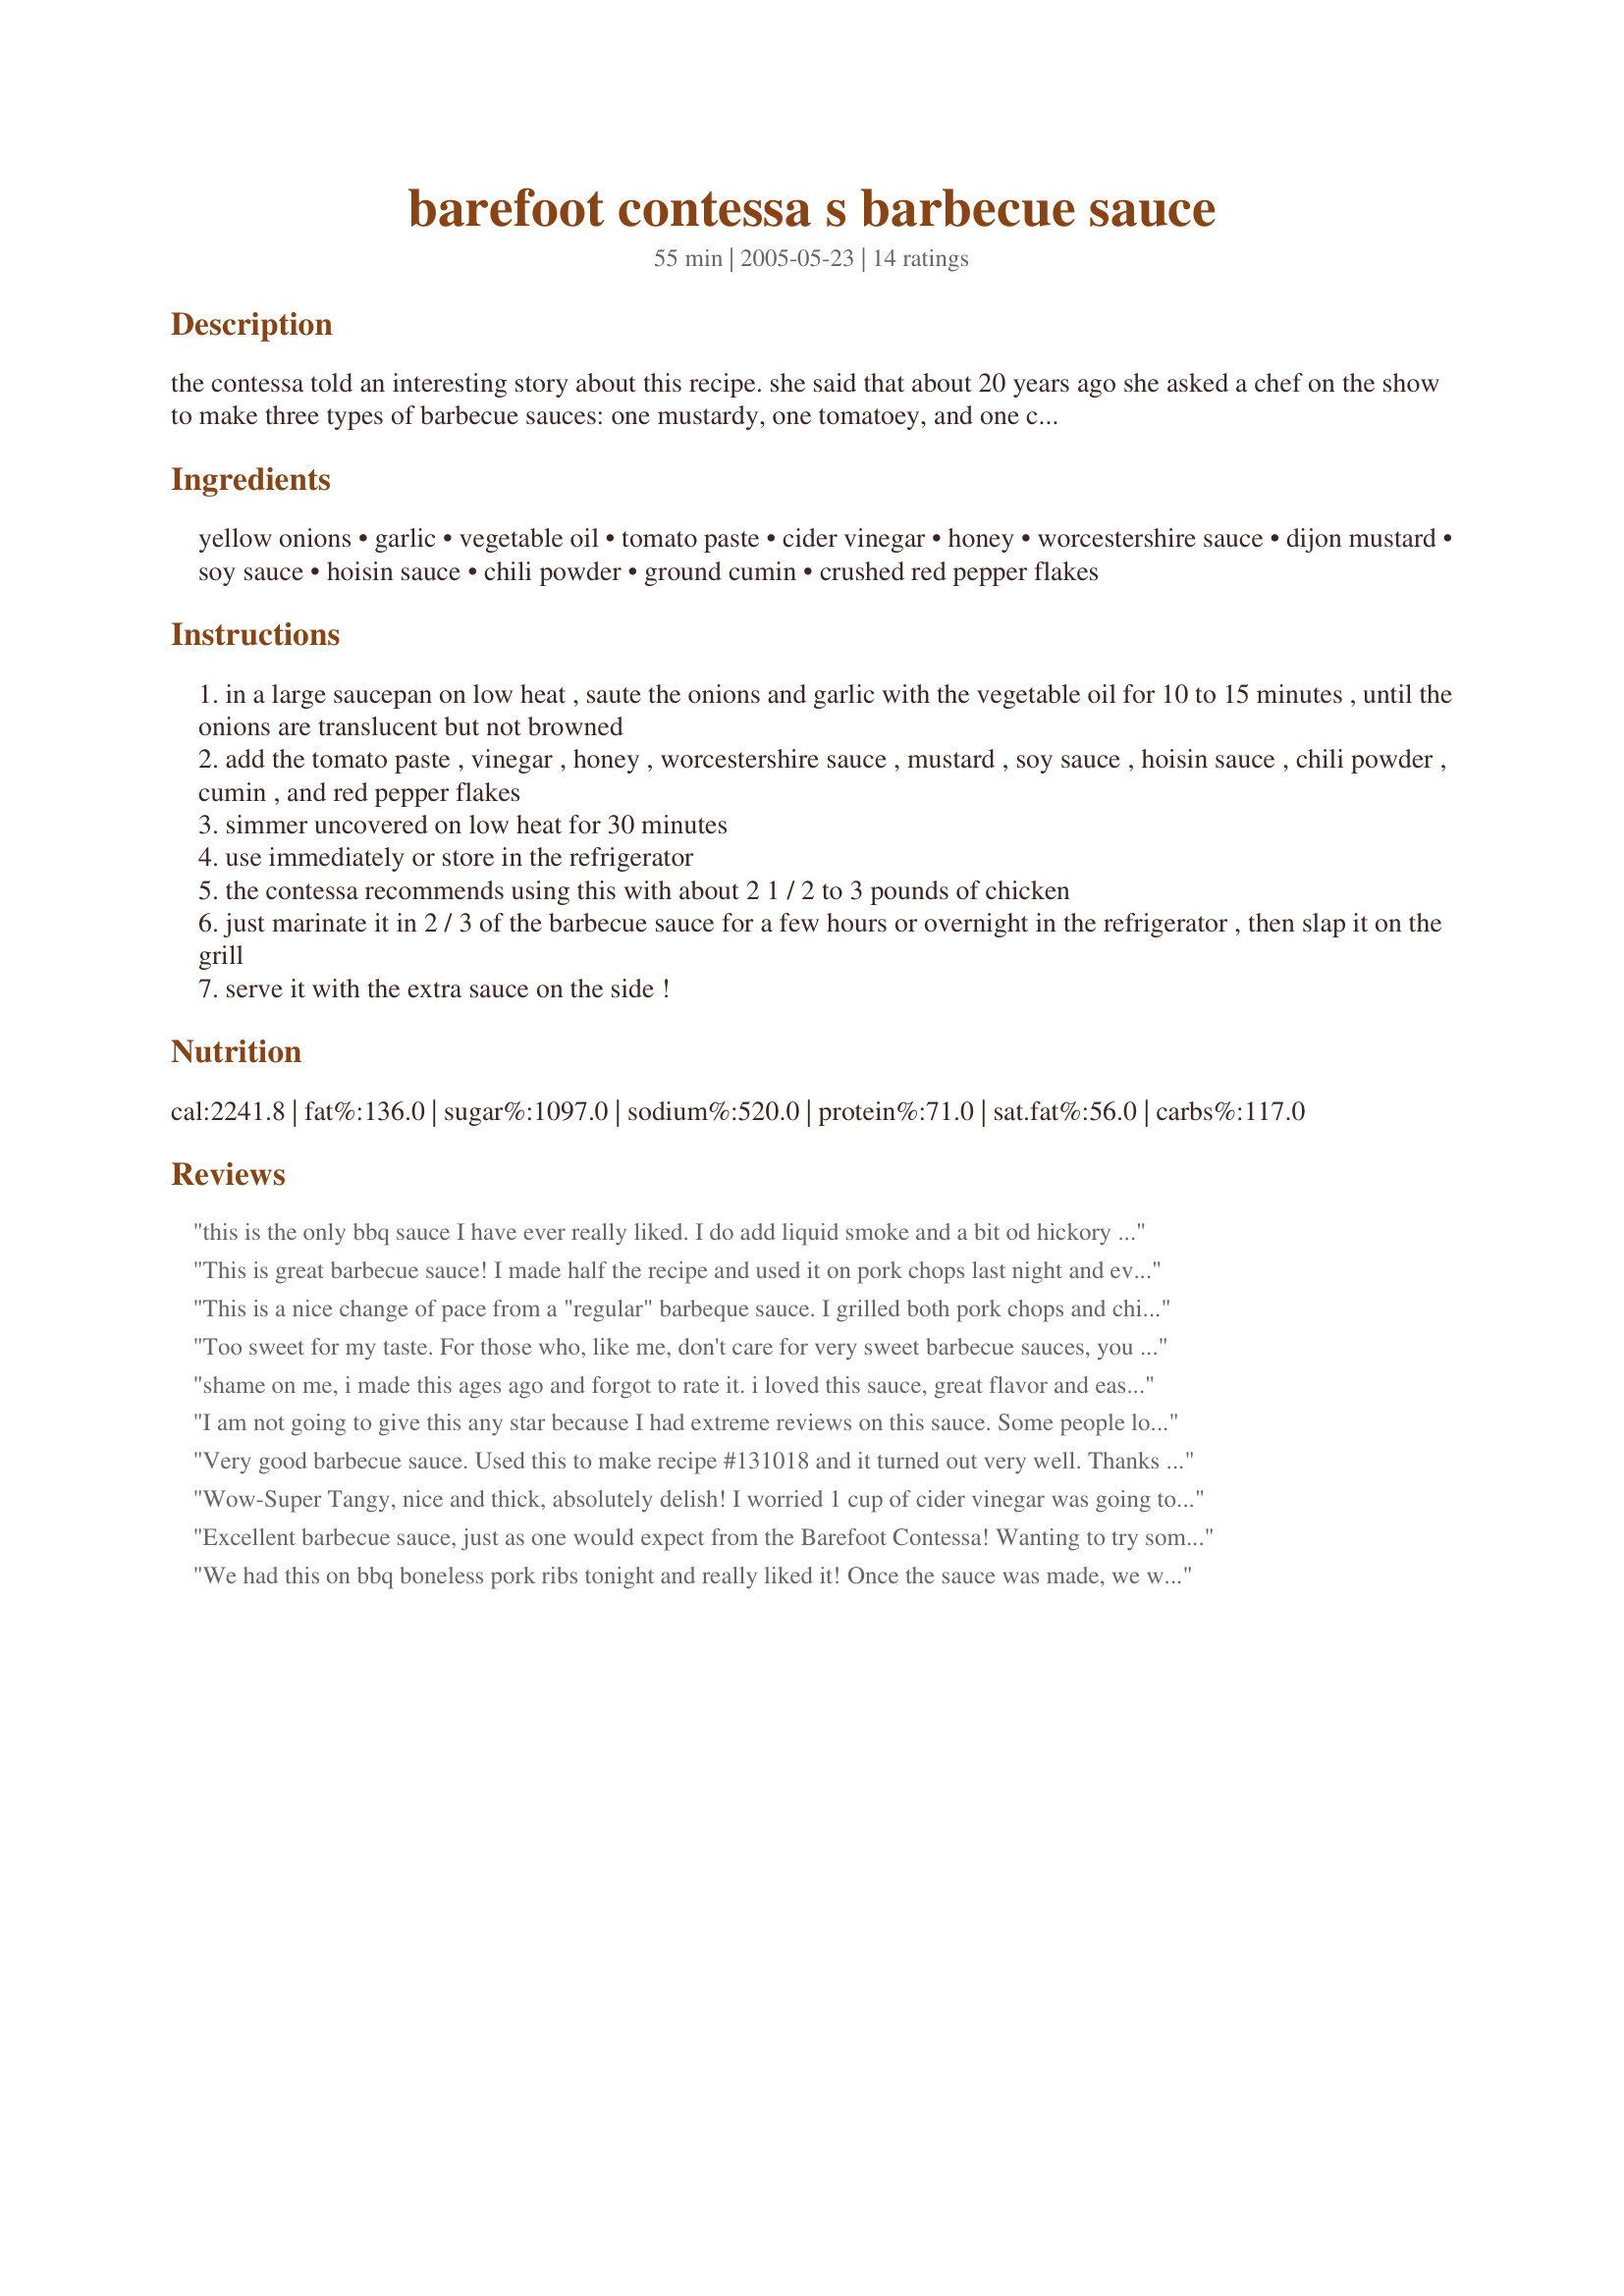
barefoot contessa s barbecue sauce
Preparation time: 55 minutes

the contessa told an interesting story about this recipe. she said that about 20 years ago she asked a chef on the show to make three types of barbecue sauces: one mustardy, one tomatoey, and one chinesey. when she tasted them, the first one was too mustardy, the second was too tomatoey, and the third was too chinesey! she decided to try combining the three, and she said it turned out being the best sauce she'd ever tried. this is the result, and it's her favorite to this day.

Ingredients:
yellow onions, garlic, vegetable oil, tomato paste, cider vinegar, honey, worcestershire sauce, dijon mustard, soy sauce, hoisin sauce, chili powder, ground cumin, crushed red pepper flakes

Steps:
in a large saucepan on low heat , saute the onions and garlic with the vegetable oil for 10 to 15 minutes , until the onions are translucent but not browned
add the tomato paste , vinegar , honey , worcestershire sauce , mustard , soy sauce , hoisin sauce , chili powder , cumin , and red pepper flakes
simmer uncovered on low heat for 30 minutes
use immediately or store in the refrigerator
the contessa recommends using this with about 2 1 / 2 to 3 pounds of chicken
just marinate it in 2 / 3 of the barbecue sauce for a few hours or overnight in the refrigerator , then slap it on the grill
serve it with the extra sauce on the side !

Reviews:
this is the only bbq sauce I have ever really liked. I do add liquid smoke and a bit od hickory smoked salt to it,. I am from bbq country, so I know from which I speak. also, I cut down a bit on the mustard and some times add a bit of red plum sauce.
This is great barbecue sauce! I made half the recipe and used it on pork chops last night and everyone commented on how great the sauce was. It's very versatile and I will be using it for lots of different things! Thanks so mush for posting this keeper!!!
This is a nice change of pace from a "regular" barbeque sauce. I grilled both pork chops and chicken with it, and both were good.
Too sweet for my taste. For those who, like me, don't care for very sweet barbecue sauces, you might consider cutting the honey in half.
shame on me, i made this ages ago and forgot to rate it. i loved this sauce, great flavor and easy to make. i cut the recipe in half and still had enough to grill chicken and ribs and keep a pint in the fridge. will make this one again.
I am not going to give this any star because I had extreme reviews on this sauce. Some people loves it and some hated it because they said it has a weird flavor to it and was too tangy. I followed the recipe to the T. For me personally, it was on the tangy side and there was nothing special about the sauce. In addition, it is an expensive homemade sauce with all the ingredients required. There are many recipes on zaar that taste much better and easier on the pocket book. Sorry Ina.
Very good barbecue sauce. Used this to make recipe #131018 and it turned out very well. Thanks for sharing.
Wow-Super Tangy, nice and thick, absolutely delish!
I worried 1 cup of cider vinegar was going to be too much, but after letting it simmer and thicken for 30 minutes everything came together so well that I wouldn't change a thing. I might also try this with pulled pork for sandwiches, maybe adding a tablespoon or two of brown sugar as we like pulled pork a little sweeter. Thanks for sharing this recipe Ev! Nick's Mom ** UPDATED to ADD* We tried this BBQ sauce mixed with a shredded beef roast today. Served on buttered bakery rolls with sharp cheddar cheese, wonderful!
Excellent barbecue sauce, just as one would expect from the Barefoot Contessa! Wanting to try some new sauces for the upcoming outdoor cooking and grilling season I made a half recipe making as posted and wouldn't change a thing ... except the next time around I'll be making a full batch! It is really good. Thank you for posting this delicious Barbecue Sauce, it's a keeper.
We had this on bbq boneless pork ribs tonight and really liked it! Once the sauce was made, we weren't sure we'd like it but bbqing the ribs brought out the best in flavor! While bbqing we brushed it often with sauce and it came out perfect!
Love this bbque sauce. Added a little maple syrup to give it a Canadian flavour.
Awesome Sauce! Wows everyone every time I serve it. I make it exactly as directed, cept I leave out the Chili flakes and use low-sodium soy sauce.

Its even better 2-3 days after you make it. I always make it ahead. Freezes wonderfully as well.

Thanks Ina!!
This makes the BEST baked beans. This is the only BBQ sauce I use.
You are right, this is a good bbq sauce. I made 1/2 batch and had it with ribs, very tasty. I love the addition of hoisin sauce. Next time I am going to make the whole batch, its a nice bbq sauce to have in the refrigerator. Thanks evelyn/athens for a great bbq sauce.
